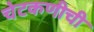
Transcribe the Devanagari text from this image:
चेटकणीची